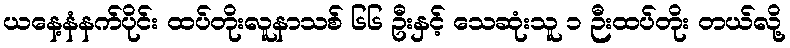
ယနေ့နံနက်ပိုင်း ထပ်တိုးလူနာသစ် ၆၆ ဦးနှင့် သေဆုံးသူ ၁ ဉီးထပ်တိုး တယ်လို့